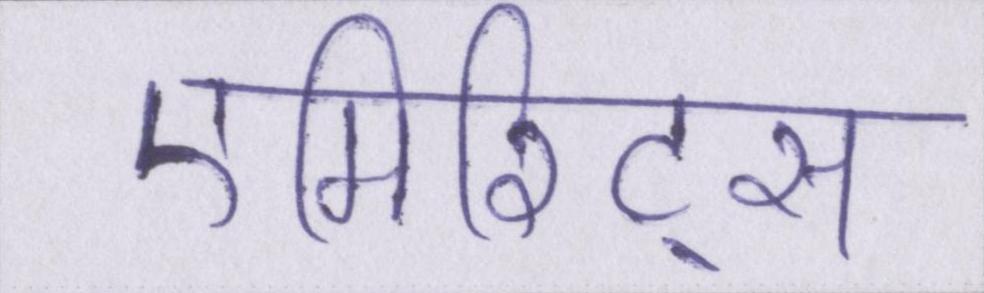
एमिरिट्स